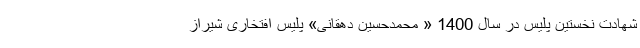
شهادت نخستین پلیس در سال 1400 « محمدحسین دهقانی» پلیس افتخاری شیراز